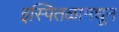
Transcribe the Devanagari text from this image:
इस्पितळामधून